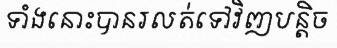
ទាំងនោះបានរលត់ទៅវិញបន្តិច